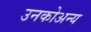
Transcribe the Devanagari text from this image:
उनकोअन्य